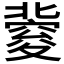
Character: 𥨏